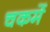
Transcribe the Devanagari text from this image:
चकमें